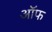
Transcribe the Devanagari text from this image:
ऑफ